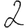
Digit: 2